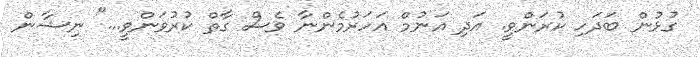
ގުޅުން ބަދަހި ކުރަންވީ. އަދި އަނުމް އަހަރުމެންނާ ވެސް ގާތް ކުރުވަންވީ..." ނިޝާން